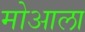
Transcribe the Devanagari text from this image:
मोआला